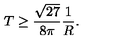
T \geq \frac { \sqrt { 2 7 } } { 8 \pi } \frac { 1 } { R } .